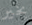
بخير